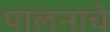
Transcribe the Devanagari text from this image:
पालनाचे